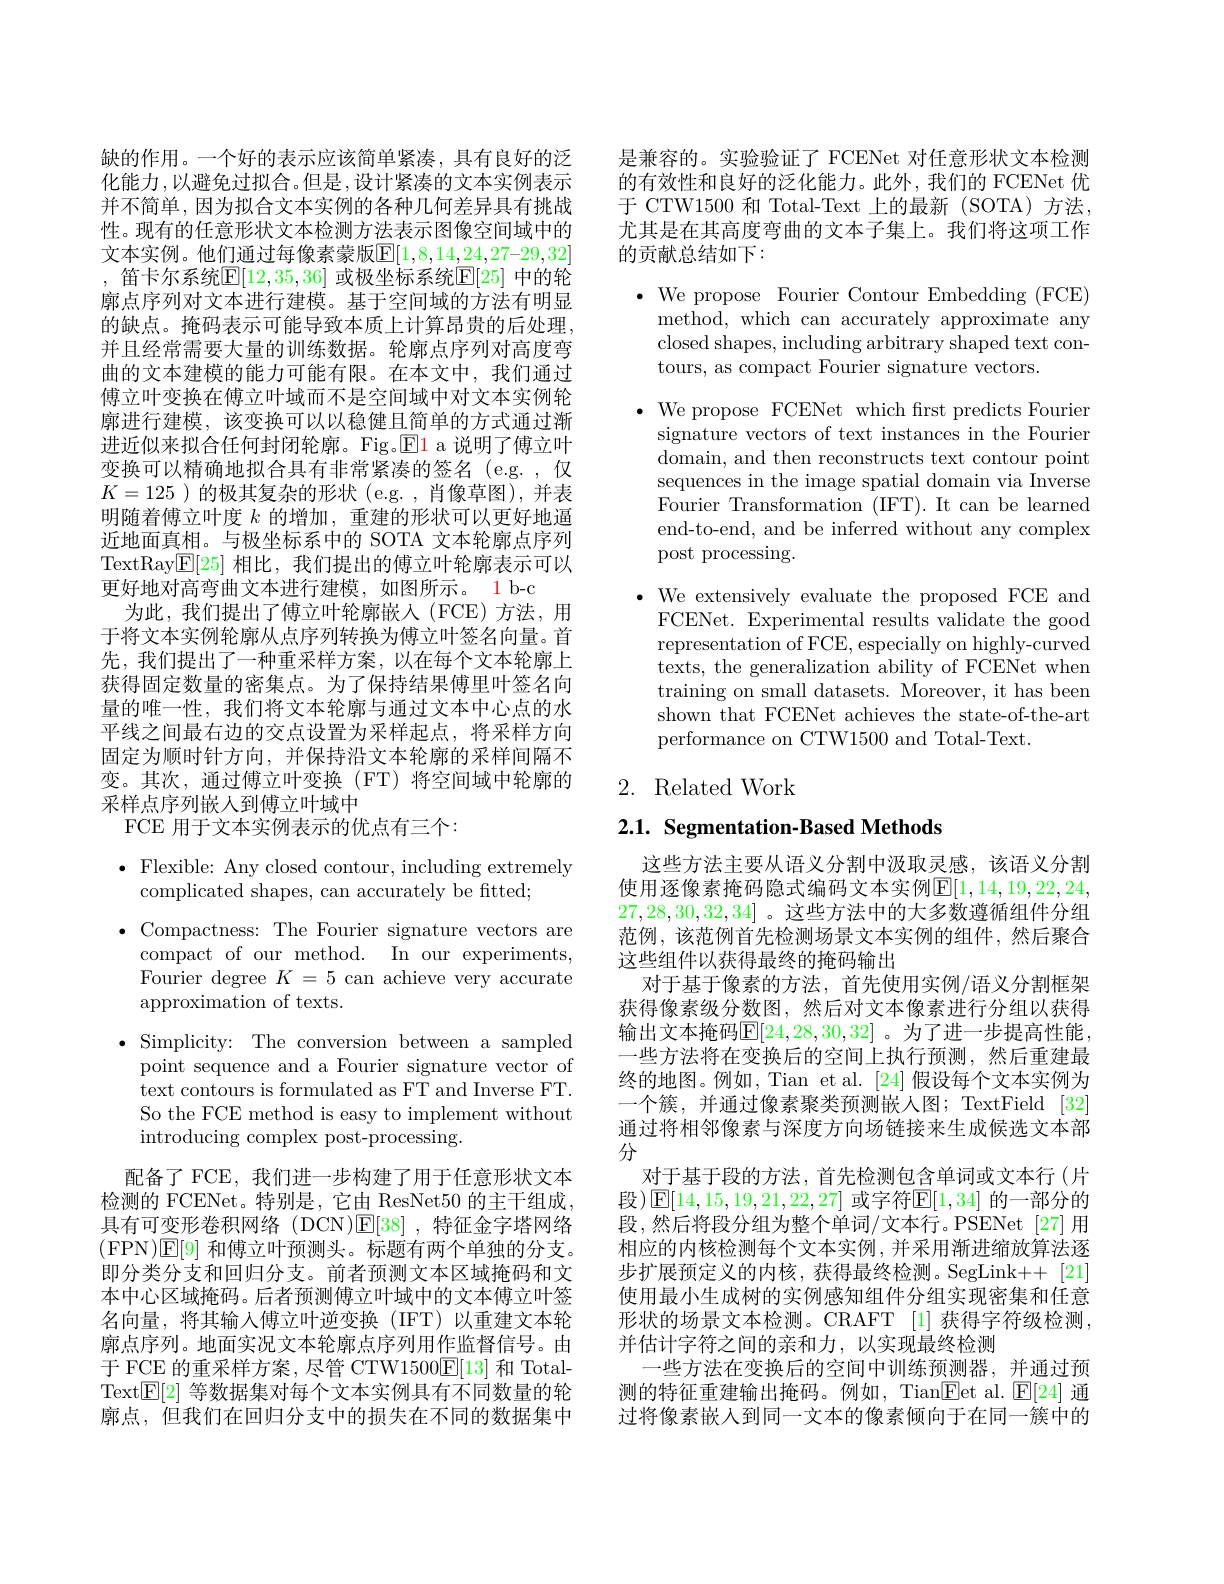
缺的作用。一个好的表示应该简单紧凑，具有良好的泛化能力，以避免过拟合。但是，设计紧凑的文本实例表示并不简单，因为拟合文本实例的各种几何差异具有挑战性。现有的任意形状文本检测方法表示图像空间域中的文本实例。他们通过每像素蒙版$\mathbb{E}[1,8,14,24,27–29,32]$ , 笛卡尔系统$\mathbb{E}[12,35,36]$ 或极坐标系统$\mathbb{E}[25]$ 中的轮廓点序列对文本进行建模。基于空间域的方法有明显的缺点。掩码表示可能导致本质上计算昂贵的后处理， 并且经常需要大量的训练数据。轮廓点序列对高度弯曲的文本建模的能力可能有限。在本文中，我们通过傅立叶变换在傅立叶域而不是空间域中对文本实例轮廓进行建模，该变换可以以稳健且简单的方式通过渐进近似来拟合任何封闭轮廓。Fig.$\boxed{\mathrm{E}}1$ a 说明了傅立叶变换可以精确地拟合具有非常紧凑的签名(e.g. ,仅$K=125$ )的极其复杂的形状 (e.g. , 肖像草图),并表明随着傅立叶度$k$的增加，重建的形状可以更好地逼近地面真相。与极坐标系中的 SOTA 文本轮廓点序列TextRay$[\mathbb{E}[25]$相比，我们提出的傅立叶轮廓表示可以更好地对高弯曲文本进行建模，如图所示。1 b-c
为此，我们提出了傅立叶轮廓嵌入(FCE)方法，用于将文本实例轮廓从点序列转换为傅立叶签名向量。首先，我们提出了一种重采样方案，以在每个文本轮廓上获得固定数量的密集点。为了保持结果傅里叶签名向量的唯一性，我们将文本轮廓与通过文本中心点的水平线之间最右边的交点设置为采样起点，将采样方向固定为顺时针方向，并保持沿文本轮廓的采样间隔不变。其次，通过傅立叶变换(FT)将空间域中轮廓的采样点序列嵌入到傅立叶域中
FCE 用于文本实例表示的优点有三个：

$\bullet$ Flexible: Any closed contour, including extremely
complicated shapes, can accurately be ftted;
$\bullet$ Compactness: The Fourier signature vectors are
compact of our method. In our experiments, Fourier degree $K=5$ can achieve very accurate approximation of texts.
$\bullet$ Simplicity: The conversion between a sampled
point sequence and a Fourier signature vector of text contours is formulated as FT and Inverse FT. So the FCE method is easy to implement without introducing complex post-processing.
配备了 FCE, 我们进一步构建了用于任意形状文本检测的 FCENet。特别是，它由 ResNet50 的主干组成， 具有可变形卷积网络(DCN)$\mathbb{E}[38]$,特征金字塔网络(FPN)E[9] 和傅立叶预测头。标题有两个单独的分支。即分类分支和回归分支。前者预测文本区域掩码和文本中心区域掩码。后者预测傅立叶域中的文本傅立叶签名向量，将其输入傅立叶逆变换(IFT)以重建文本轮廓点序列。地面实况文本轮廓点序列用作监督信号。由于 FCE 的重采样方案，尽管 CTW1500$\underline{\mathrm{E}}[13]$和 TotalText$\boxed{\mathrm{E}}[2]$等数据集对每个文本实例具有不同数量的轮廓点，但我们在回归分支中的损失在不同的数据集中

是兼容的。实验验证了 FCENet 对任意形状文本检测的有效性和良好的泛化能力。此外，我们的 FCENet 优于 CTW1500 和 Total-Text 上的最新 (SOTA)方法， 尤其是在其高度弯曲的文本子集上。我们将这项工作的贡献总结如下：

$\bullet$ We propose Fourier Contour Embedding (FCE)
method, which can accurately approximate any closed shapes, including arbitrary shaped text contours, as compact Fourier signature vectors.

$\bullet$ We propose FCENet which first predicts Fourier
signature vectors of text instances in the Fourier domain, and then reconstructs text contour point sequences in the image spatial domain via Inverse Fourier Transformation (IFT). It can be learned end-to-end, and be inferred without any complex post processing.

$\bullet$ We extensively evaluate the proposed FCE and
FCENet. Experimental results validate the good representation of FCE, especially on highly-curved $\bar{\mathrm{texts,~the~generalization~ability~of~FCENet~when}}$ training on small datasets. Moreover, it has been shown that FCENet achieves the state-of-the-art performance on CTW1500 and Total-Text.

# 2. Related Work

2.1. Segmentation-Based Methods

这些方法主要从语义分割中汲取灵感，该语义分割使用逐像素掩码隐式编码文本实例$\mathbb{E}[1,14,19,22,24$, 27,28,30,32,34] 。这些方法中的大多数遵循组件分组范例，该范例首先检测场景文本实例的组件，然后聚合这些组件以获得最终的掩码输出
对于基于像素的方法，首先使用实例/语义分割框架获得像素级分数图，然后对文本像素进行分组以获得输出文本掩码$\mathbb{E}[24,28,30,32]$ 。为了进一步提高性能， 一些方法将在变换后的空间上执行预测，然后重建最终的地图。例如，Tian et al. [24] 假设每个文本实例为一个簇，并通过像素聚类预测嵌人图；TextField [32] 通过将相邻像素与深度方向场链接来生成候选文本部分
对于基于段的方法，首先检测包含单词或文本行(片段)$\operatorname{E}[14,15,19,21,22,27]$ 或字符$\operatorname{E}[1,34]$ 的一部分的段，然后将段分组为整个单词/文本行。PSENet[27]用相应的内核检测每个文本实例，并采用渐进缩放算法逐步扩展预定义的内核，获得最终检测。SegLink++[21] 使用最小生成树的实例感知组件分组实现密集和任意形状的场景文本检测。CRAFT [1] 获得字符级检测， 并估计字符之间的亲和力，以实现最终检测
一些方法在变换后的空间中训练预测器，并通过预测的特征重建输出掩码。例如，Tian$\underline{\mathrm{Eet~al.~}}\underline{\mathrm{E[24]~}}$通过将像素嵌入到同一文本的像素倾向于在同一簇中的